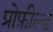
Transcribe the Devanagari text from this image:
प्रोफ़ील्ड